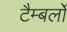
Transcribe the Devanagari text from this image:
टैम्बर्लो